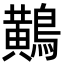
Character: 鷬